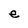
Character: e